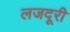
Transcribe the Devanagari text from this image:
लजदूरी